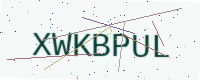
Text: XWKBPUL